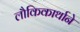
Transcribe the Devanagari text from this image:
लौकिकार्थाने